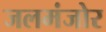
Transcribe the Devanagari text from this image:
जलमंजोर